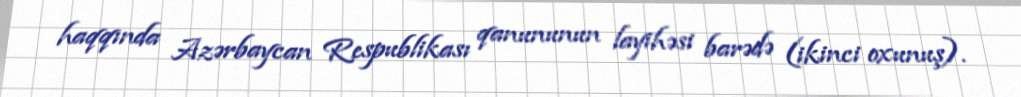
haqqında Azərbaycan Respublikası qanununun layihəsi barədə (ikinci oxunuş).